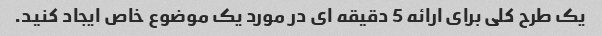
یک طرح کلی برای ارائه 5 دقیقه ای در مورد یک موضوع خاص ایجاد کنید.